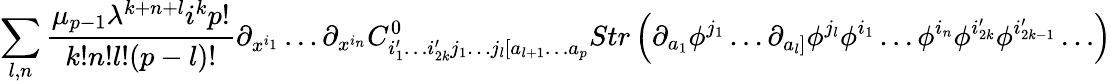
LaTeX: \sum_{l,n}\frac{\mu_{p-1}\lambda^{k+n+l}i^{k}p!}{k!n!l!(p-l)!}\partial_{x^{i_{1}}}\ldots\partial_{x^{i_{n}}}C_{i_{1}^{\prime}\ldots i_{2k}^{\prime}j_{1}\ldots j_{l}[a_{l+1}\ldots a_{p}}^{0}Str\left(\partial_{a_{1}}\phi^{j_{1}}\ldots\partial_{a_{l}]}\phi^{j_{l}}\phi^{i_{1}}\ldots\phi^{i_{n}}\phi^{i_{2k}^{\prime}}\phi^{i_{2k-1}^{\prime}}\ldots\right)